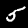
Digit: 5